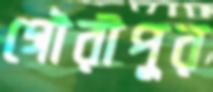
গৌরীপুর